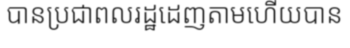
បានប្រជាពលរដ្ឋដេញតាមហើយបាន